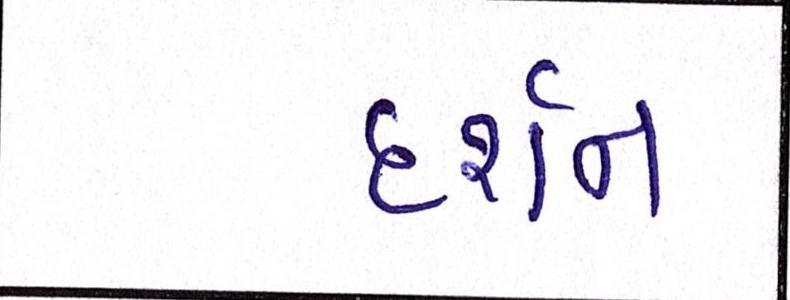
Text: દર્શન